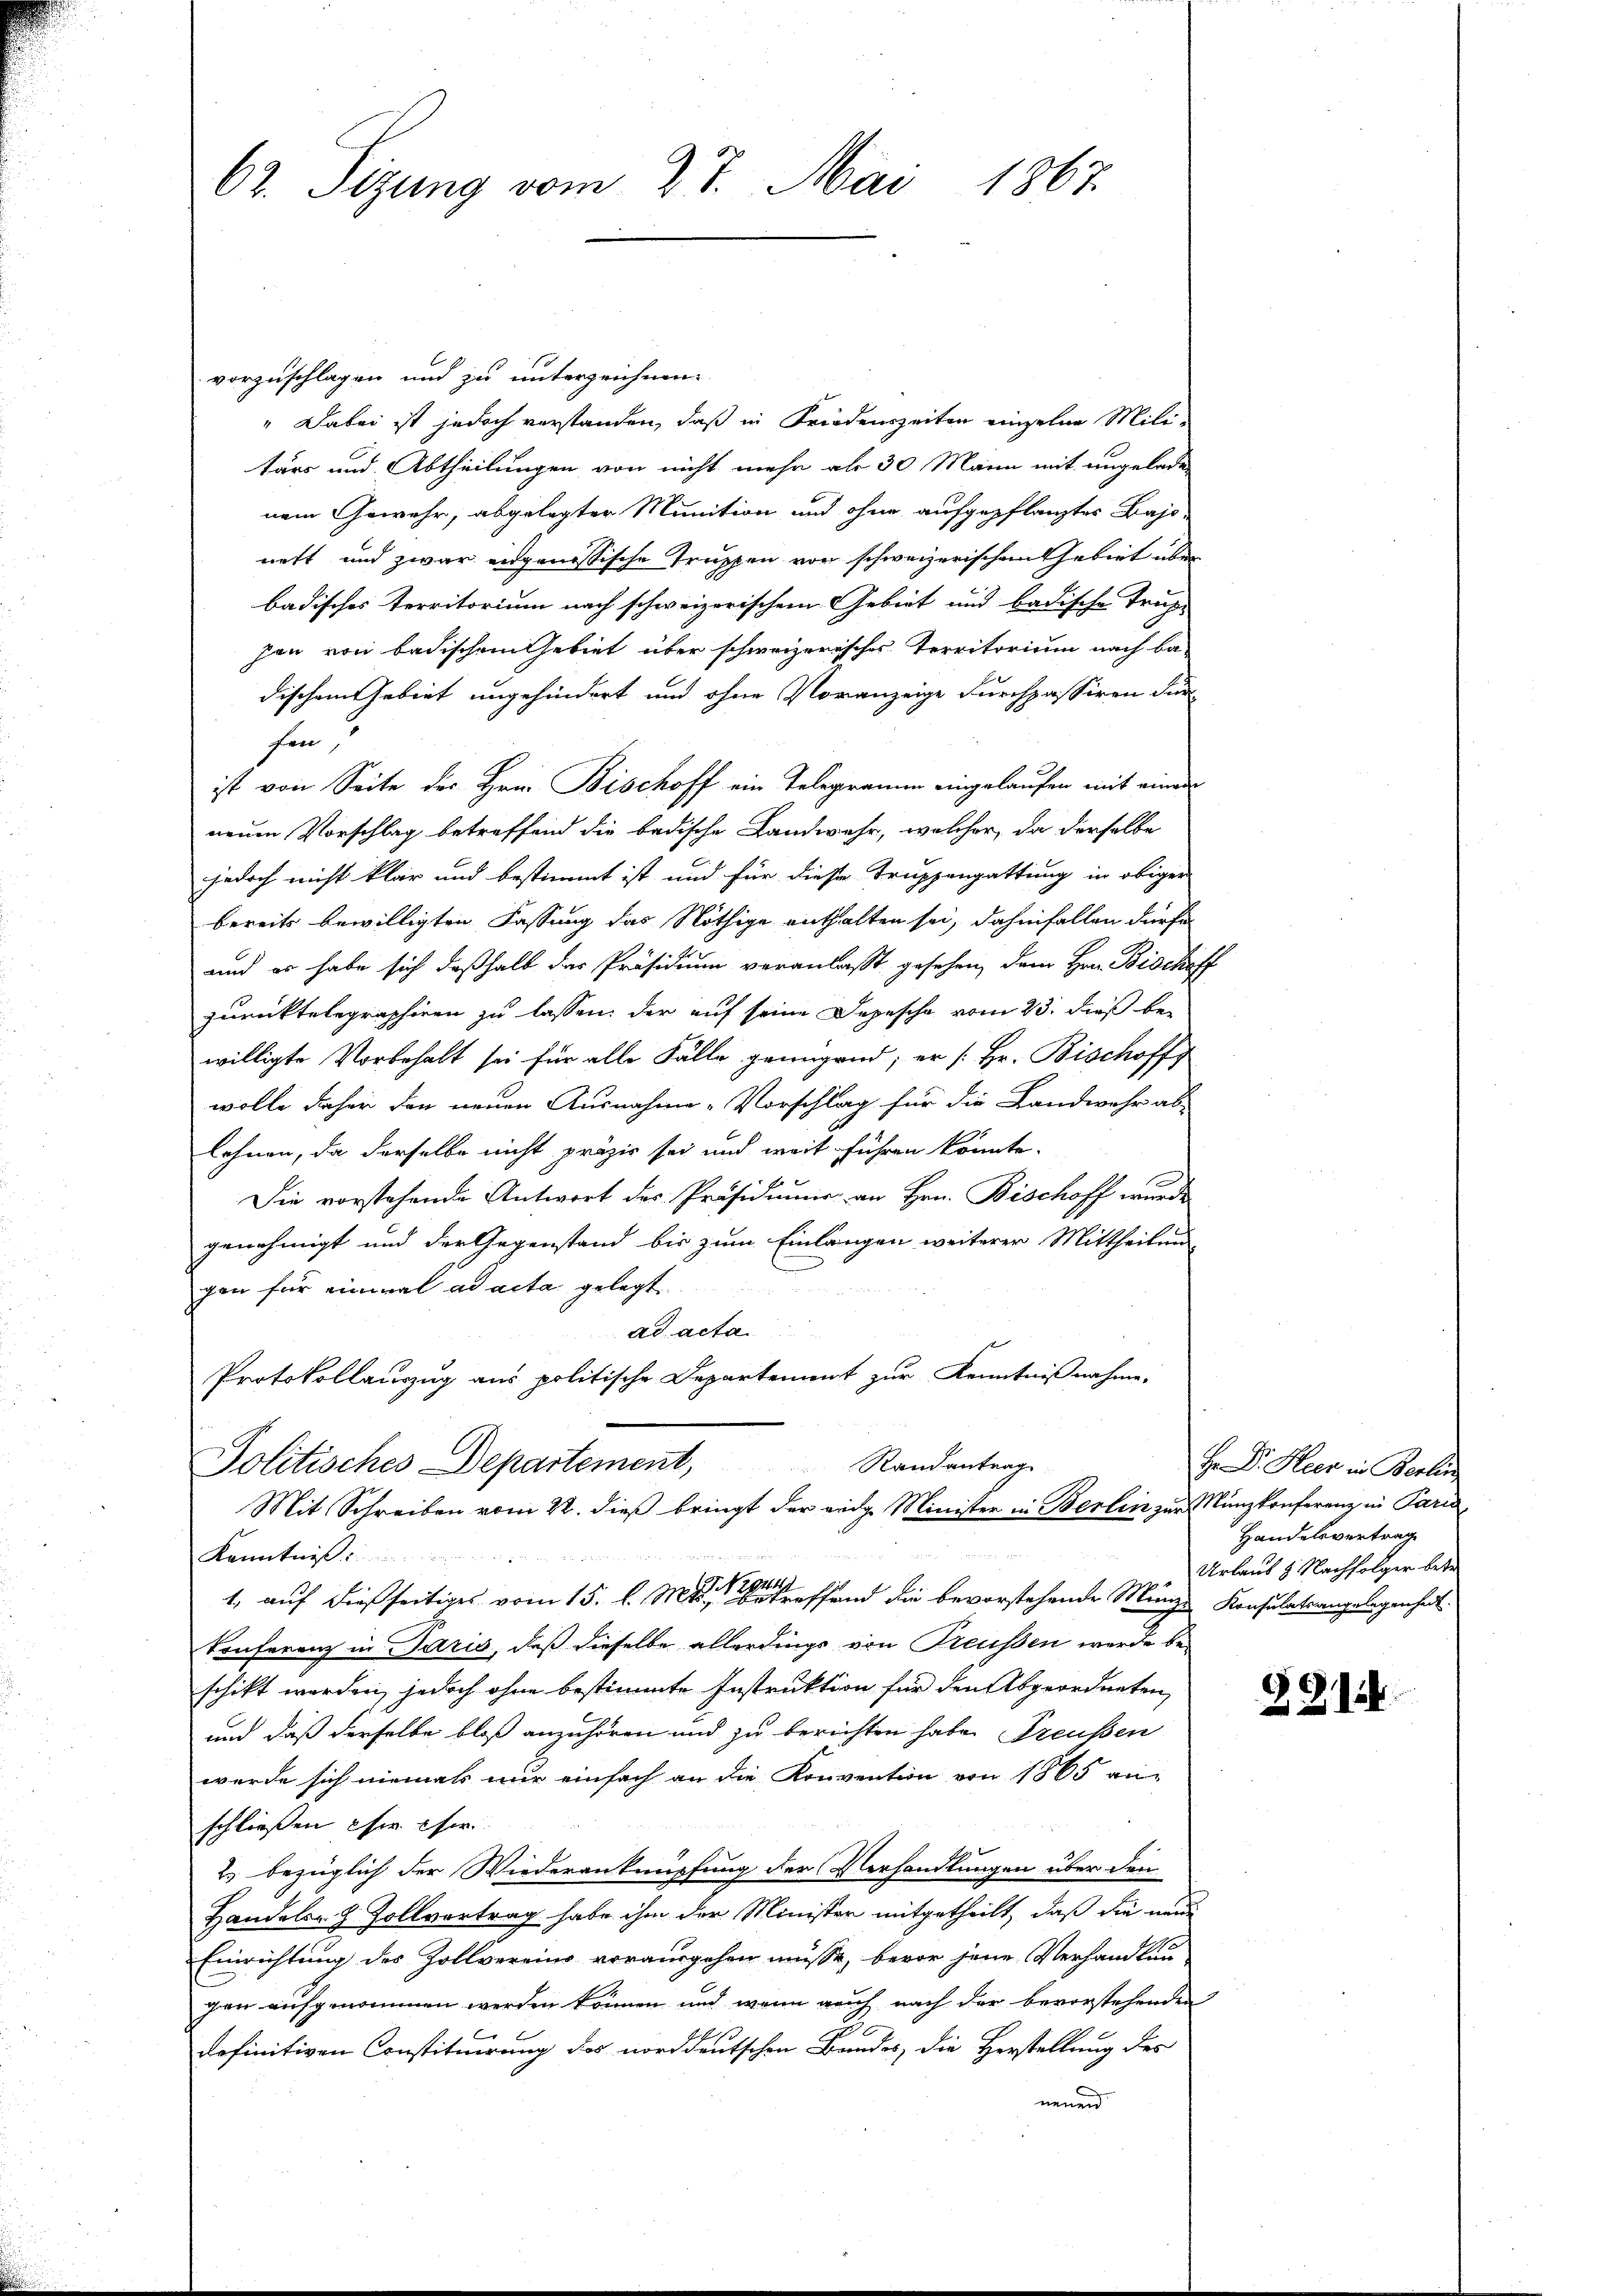
62. Sitzung vom 27. Mai 1867.

vorzuschlagen und zu unterzeichnen
" Dabei ist jedoch verstanden, daß in Friedenszeiten einzelne Militärs und Abtheilungen von nicht mehr als 30 Mann mit ungeladen
nem Gewehr, abgelegter Munition und ohne aufgepflanztes Bajonett und zwar engenössische Truppen vor schweizerischen Gebiet über
badisches Territorium nach schweizerischen Gebiet und badische Trich-
zen von badischem Gebiet über schweizerisches Territorium nach be-
dischem Gebiet ungehindert und ohne Voranzeige Furchpassiren Fürfen,
ist von Seite des Hrn. Bischoff ein Telegramm eingelaufen mit einen
neuen Vorschlag betreffend die bedische Landwehr, welcher, da derselbe
jedoch nicht klar und bestimmt ist und für diese Truppengattung in obiger
bereits bewilligten Fassung das Nöthige enthalten sei, dahinfallen dürfe
und es habe sich deßhalb das Präsidium veranlaßt gesehen, dem Hrn. Bischoff
zurücktelegraphiren zu lassen, der auf seine Depesche vom 23. dieß bewilligte Vorbehalt sei für alle Fälle genügend; er [Hr. Bischoff
wolle daher den neuen Ausnahme Vorschlag für die Landwehr ab-
lehnen, da derselbe nicht präzis sei und weit führen könnte.
Die vorstehende Antwort des Präsidiums an Hrn. Bischoff wurde
genehmigt und der Gegenstand bis zum Einlangen weiterer Mittheilung
gen für einmal ad acta gelegt.
ad acta
Protokollauszug aus politische Departement zur Kenntnißnahme.
Randantrag
Politisches Departement,
Mit Schreiben vom 22. dieß bringt der eidge Minister in Berlin zur Münzkonferenz in Paris
Kenntniß

1, auf dießseitiges vom 15. d. M. befand die bevorstehende Münze Konsulatsangelegenheit.
Konferenz in Paris, daß dieselbe allerdings von Freussen werde be-
schikt werden, jedoch ohne bestimmte Instruktion für den Abgeordneten,
und daß derselbe bloß anzuhören und zu berichten habe Preußen
werde sich niemals nur einfach an die Konvention von 1865 an-
schließen ihr Eher
2.) bezüglich der Wiederanknüpfung der Verhandlungen über den
Handelsr. 9 Zollvortrag habe ihm der Minister mitgetheilt, daß die neue
Einrichtung des Zollvereins vorausgehen müsse, bevor jene Verhandlun
gen aufgenommen werden können und wenn auch nach der bevorstehenden
.
dofinitiven Constituirung der norddeutschen Bandes, die Herstellung des
nenen

Hr. Dr. Heer in Berlin
Handelsvertrag
Urlaus 4. Nachfolger betr

221